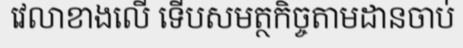
វេលាខាងលើ ទើបសមត្ថកិច្ចតាមដានចាប់